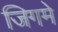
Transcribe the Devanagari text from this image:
जिगमे